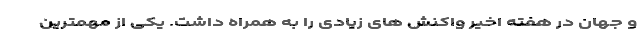
و جهان در هفته اخیر واکنش های زیادی را به همراه داشت. یکی از مهمترین